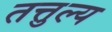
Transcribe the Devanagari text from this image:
तत्तुल्य